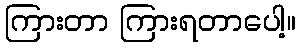
ကြားတာ ကြားရတာပေါ့။